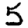
Digit: 5